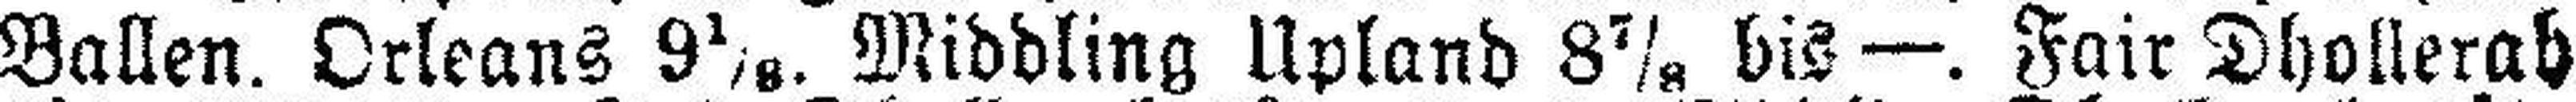
Ballen. Orleans 9 1/8. Middling Upland 8 7/8 bis —. Fair Dhollerah